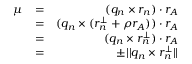
\begin{array} { r l r } { \mu } & { = } & { ( q _ { n } \times r _ { n } ) \cdot r _ { A } } \\ & { = } & { ( q _ { n } \times ( r _ { n } ^ { \perp } + \rho r _ { A } ) ) \cdot r _ { A } } \\ & { = } & { ( q _ { n } \times r _ { n } ^ { \perp } ) \cdot r _ { A } } \\ & { = } & { \pm | | q _ { n } \times r _ { n } ^ { \perp } | | } \end{array}